Document type: Grant of rights
Year: 1280
Scribe: Pere Marc
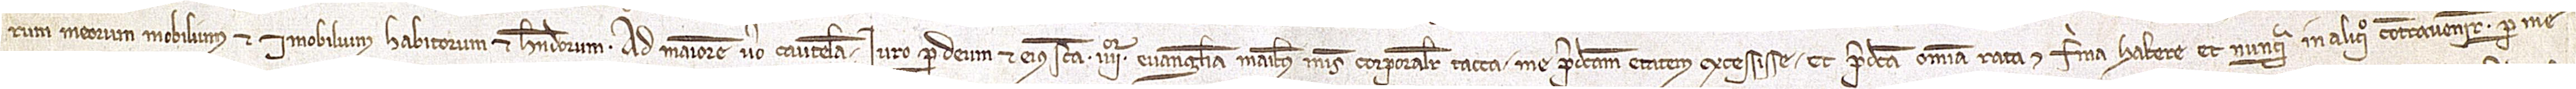
rum meorum, mobilium et imobilium, habitorum et habendorum. Ad maiorem vero cautelam iuro per Deum et eius sancta IIIIor Evangelia, manibus meis corporaliter tacta, me predicta etatem excessisse et predicta omnia rata et firma habere, et nunquam in aliquo contravenire, per me